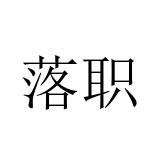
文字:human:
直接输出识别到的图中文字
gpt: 落职